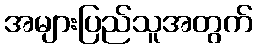
အများပြည်သူအတွက်